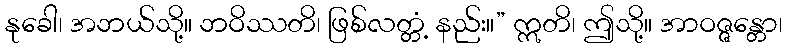
နုခေါ၊ အဘယ်သို့။ ဘဝိဿတိ၊ ဖြစ်လတ္တံ့ နည်း။” ဣတိ၊ ဤသို့။ အာဝဇ္ဇန္တော၊